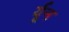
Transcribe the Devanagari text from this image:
र्यून